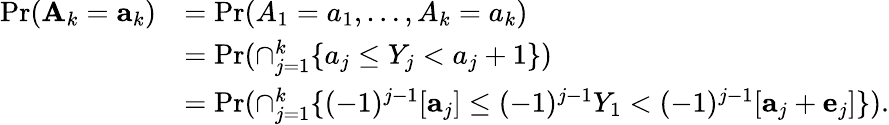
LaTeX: \begin{array}{rl}{\operatorname*{Pr}(\mathbf{A}_{k}=\mathbf{a}_{k})}&{=\operatorname*{Pr}(A_{1}=a_{1},\dots,A_{k}=a_{k})}\\ &{=\operatorname*{Pr}(\cap_{j=1}^{k}\{ a_{j}\le Y_{j}<a_{j}+1\} )}\\ &{=\operatorname*{Pr}(\cap_{j=1}^{k}\{ (-1)^{j-1}[\mathbf{a}_{j}]\le(-1)^{j-1}Y_{1}<(-1)^{j-1}[\mathbf{a}_{j}+\mathbf{e}_{j}]\} ).}\end{array}